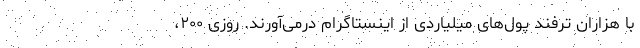
با هزاران ترفند پول‌های میلیاردی از اینستاگرام درمی‌آورند. روزی ۲۰۰،